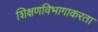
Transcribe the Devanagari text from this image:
शिक्षणविभागाकरता